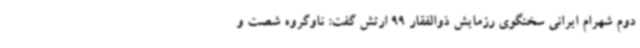
دوم شهرام ایرانی سخنگوی رزمایش ذوالفقار 99 ارتش گفت: ناوگروه شصت و